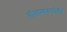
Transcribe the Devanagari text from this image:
तीनप्रकारापैकी